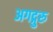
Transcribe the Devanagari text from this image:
अगद्गुरु